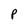
Character: P